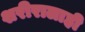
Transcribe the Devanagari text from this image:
शरीरालाही